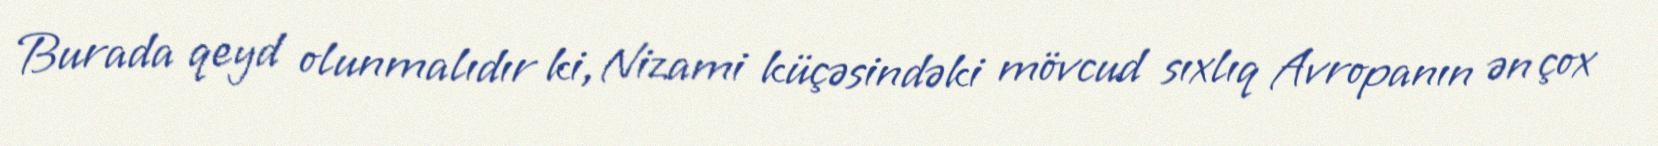
Burada qeyd olunmalıdır ki, Nizami küçəsindəki mövcud sıxlıq Avropanın ən çox